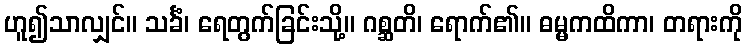
ဟူ၍သာလျှင်။ သင်္ခံ၊ ရေတွက်ခြင်းသို့။ ဂစ္ဆတိ၊ ရောက်၏။ ဓမ္မကထိကာ၊ တရားကို